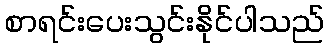
စာရင်းပေးသွင်းနိုင်ပါသည်